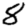
Digit: 8